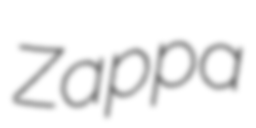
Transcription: Zappa